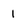
Character: 1